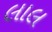
લાલ